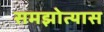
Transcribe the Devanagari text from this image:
समझोत्यास